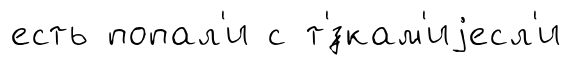
есть попал'и с т'́зкам'иjесл'и